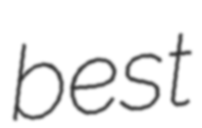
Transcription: best